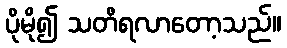
ပိုမို၍ သတိရလာတော့သည်။